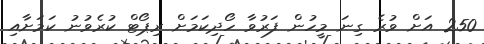
250 އަށް ވުރެ ގިނަ މީހުން ފަރުވާ ހޯދިކަމަށް ރިޕޯޓް ކުރެވުނު ކަމަށާއި